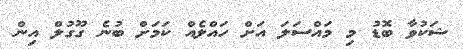
ޝަކުވާ ބޮޑު މި މައްސަލަ އަށް ހައްލެއް ކަމަށް ބުނެ ގޫގުލް އިން